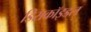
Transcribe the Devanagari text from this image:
डिसकॉइडल